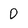
Character: 0